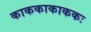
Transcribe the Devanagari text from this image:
काककाकाककः